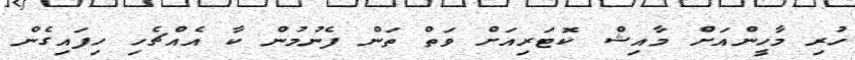
ހުރި މާހީންއަށް މާއިޝް ކޮޓަރިއަށް ވަތް ތަން ފެނުމުން ކާ އެއްޗެހި ހިފައިގެން